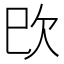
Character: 㰝